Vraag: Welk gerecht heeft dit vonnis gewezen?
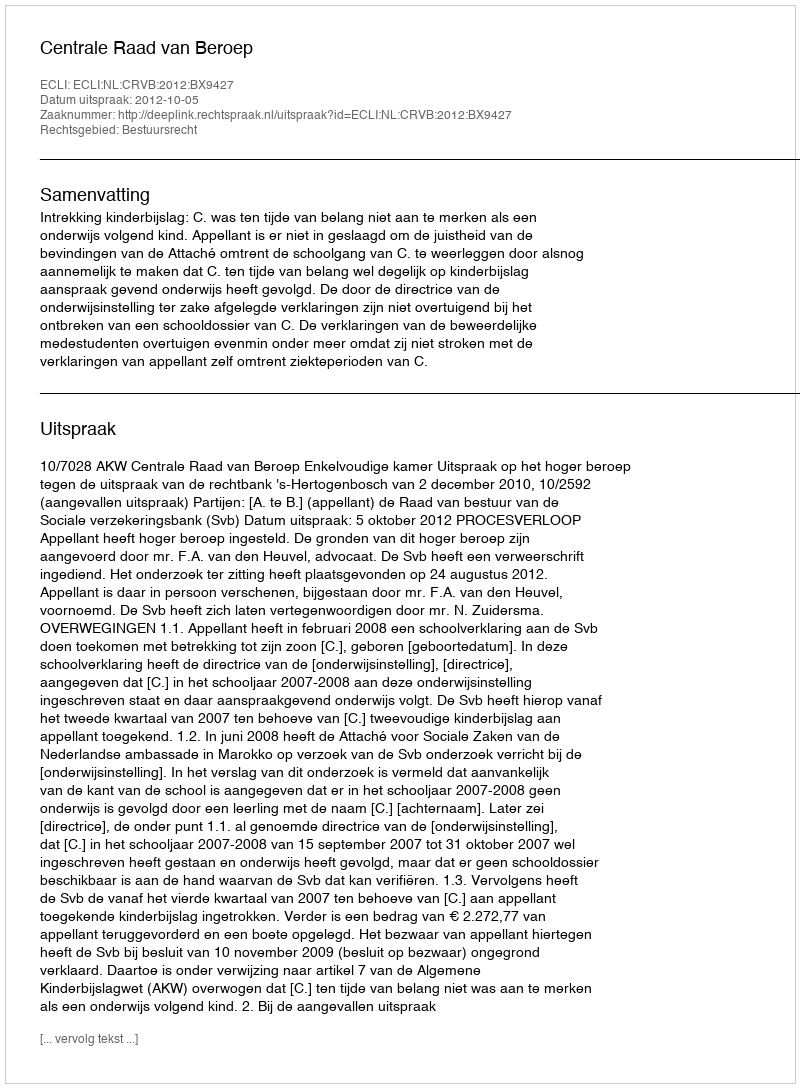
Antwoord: Centrale Raad van Beroep